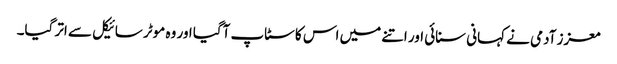
معزز آدمی نے کہانی سنائی اور اتنے میں اس کا سٹاپ آگیا اور وہ موٹر سائیکل سے اتر گیا۔